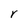
Character: r